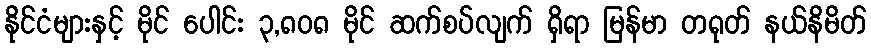
နိုင်ငံများနှင့် မိုင် ပေါင်း ၃,၈၀၈ မိုင် ဆက်စပ်လျက် ရှိရာ မြန်မာ တရုတ် နယ်နိမိတ်